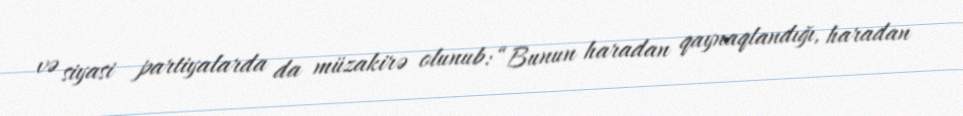
və siyasi partiyalarda da müzakirə olunub: “Bunun haradan qaynaqlandığı, haradan